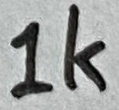
Text: 1K